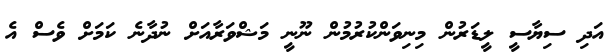
އަދި ސިޔާސީ ލީޑަރުން މިނިވަންކުރުމުން ނޫނީ މަޝްވަރާއަށް ނުދާނެ ކަަމަށް ވެސް އެ